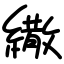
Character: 繖